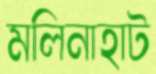
মলিনাহাট